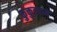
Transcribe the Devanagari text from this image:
कुक्तुटराम